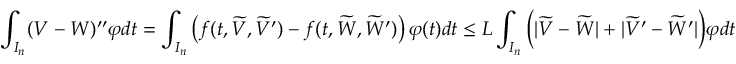
\displaystyle \int _ { I _ { n } } ( V - W ) ^ { \prime \prime } \varphi d t = \displaystyle \int _ { I _ { n } } \left( f ( t , \widetilde { V } , \widetilde { V } ^ { \prime } ) - f ( t , \widetilde { W } , \widetilde { W } ^ { \prime } ) \right) \varphi ( t ) d t \le L \displaystyle \int _ { I _ { n } } \Big ( | \widetilde { V } - \widetilde { W } | + | \widetilde { V } ^ { \prime } - \widetilde { W } ^ { \prime } | \Big ) \varphi d t